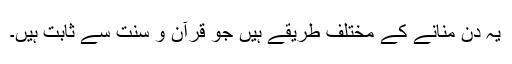
یہ دن منانے کے مختلف طریقے ہیں جو قرآن و سنت سے ثابت ہیں۔